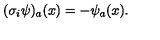
( \sigma _ { i } \psi ) _ { a } ( x ) = - \psi _ { a } ( x ) .